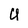
Character: U